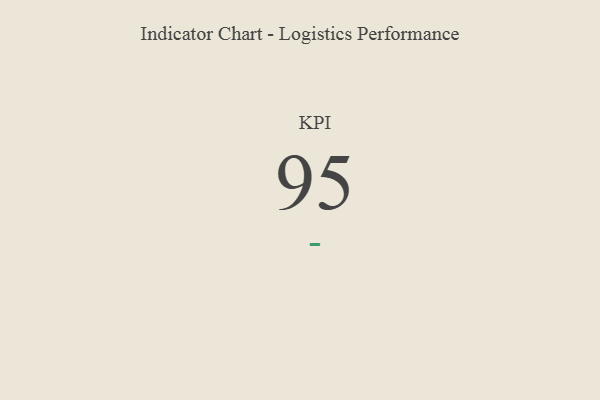
{"axis": {"x": "KPI", "y": "Value"}, "legend": [""], "data": [{"x": "KPI", "y": 95, "type": ""}]}